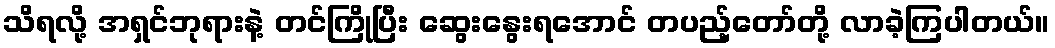
သိရလို့ အရှင်ဘုရားနဲ့ တင်ကြိုပြီး ဆွေးနွေးရအောင် တပည့်တော်တို့ လာခဲ့ကြပါတယ်။